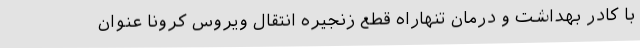
با کادر بهداشت و درمان تنهاراه قطع زنجیره انتقال ویروس کرونا عنوان